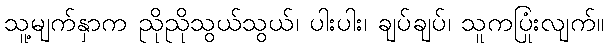
သူ့မျက်နှာက ညိုညိုသွယ်သွယ်၊ ပါးပါး၊ ချပ်ချပ်၊ သူကပြုံးလျက်။